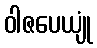
ဝါဇပေယျုံ